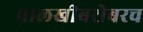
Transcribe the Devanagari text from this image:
पालखीबरोबरच